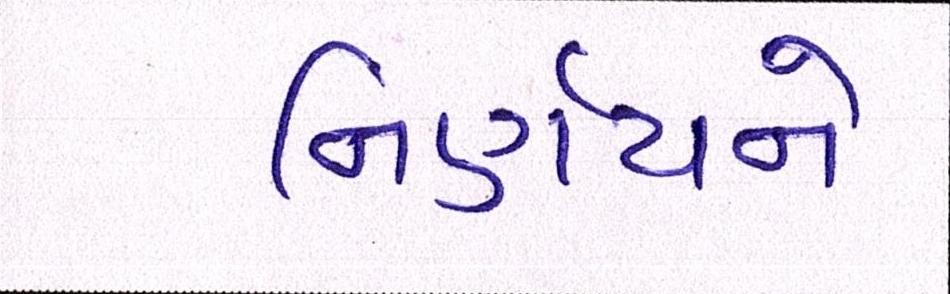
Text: નિર્ણયને